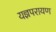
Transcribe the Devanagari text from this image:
यज्ञपरायण